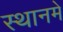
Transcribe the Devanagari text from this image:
स्थानमे